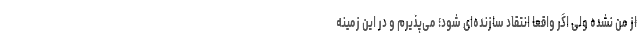
از من نشده ولی اگر واقعا انتقاد سازنده‌ای شود؛ می‌پذیرم و در این زمینه